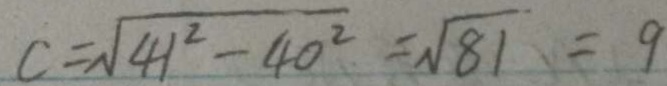
c = \sqrt { 4 1 ^ { 2 } - 4 0 ^ { 2 } } = \sqrt { 8 1 } = 9